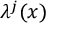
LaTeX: \lambda ^ { j } ( x )